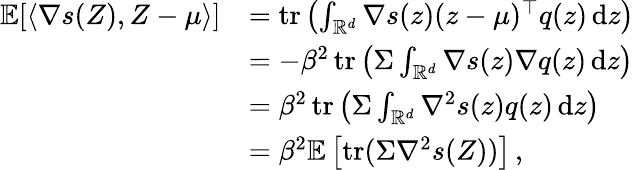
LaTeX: \begin{array}{rl}{\mathbb E[\langle\nabla s(Z),Z-\mu\rangle]}&{=\operatorname{tr}\left(\int_{\mathbb R^{d}}\nabla s(z)(z-\mu)^{\top}q(z)\operatorname{d}\! z\right)}\\ &{=-\beta^{2}\operatorname{tr}\left(\Sigma\int_{\mathbb R^{d}}\nabla s(z)\nabla q(z)\operatorname{d}\! z\right)}\\ &{=\beta^{2}\operatorname{tr}\left(\Sigma\int_{\mathbb R^{d}}\nabla^{2}s(z)q(z)\operatorname{d}\! z\right)}\\ &{=\beta^{2}\mathbb E\left[\operatorname{tr}(\Sigma\nabla^{2}s(Z))\right]\, ,}\end{array}